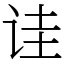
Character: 诖